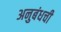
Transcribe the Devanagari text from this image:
अनुबंधची